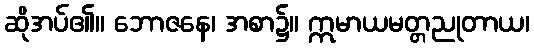
ဆိုအပ်၏။ ဘောဇနေ၊ အစာ၌။ ဣမာယမတ္တညုတာယ၊